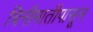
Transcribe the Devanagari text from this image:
चिनीमातीपासून